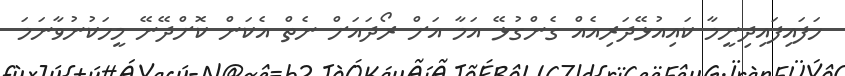
ހަފައިފައިދިނީމާ ކައިއުޅޭދަރިއެއް ގެންގުޅޭ އަމާ އަށް ރޯދައަށް ނެތް އެކަން ކޮށްދޭނޭ މީހަކުނުވާނަމަ